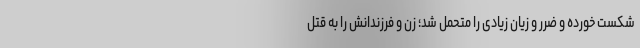
شکست خورده و ضرر و زیان زیادی را متحمل شد؛ زن و فرزندانش را به قتل